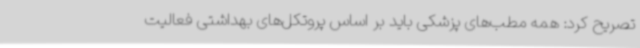
تصریح کرد: همه مطب‌های پزشکی باید بر اساس پروتکل‌های بهداشتی فعالیت